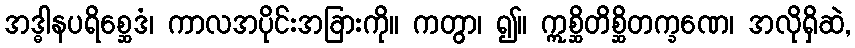
အဒ္ဓါနပရိစ္ဆေဒံ၊ ကာလအပိုင်းအခြားကို။ ကတွာ၊ ၍။ ဣစ္ဆိတိစ္ဆိတက္ခဏေ၊ အလိုရှိဆဲ,